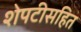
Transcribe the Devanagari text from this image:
शेपटीसहित